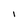
Character: 1